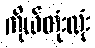
ကိုယ်တုံးလုံး